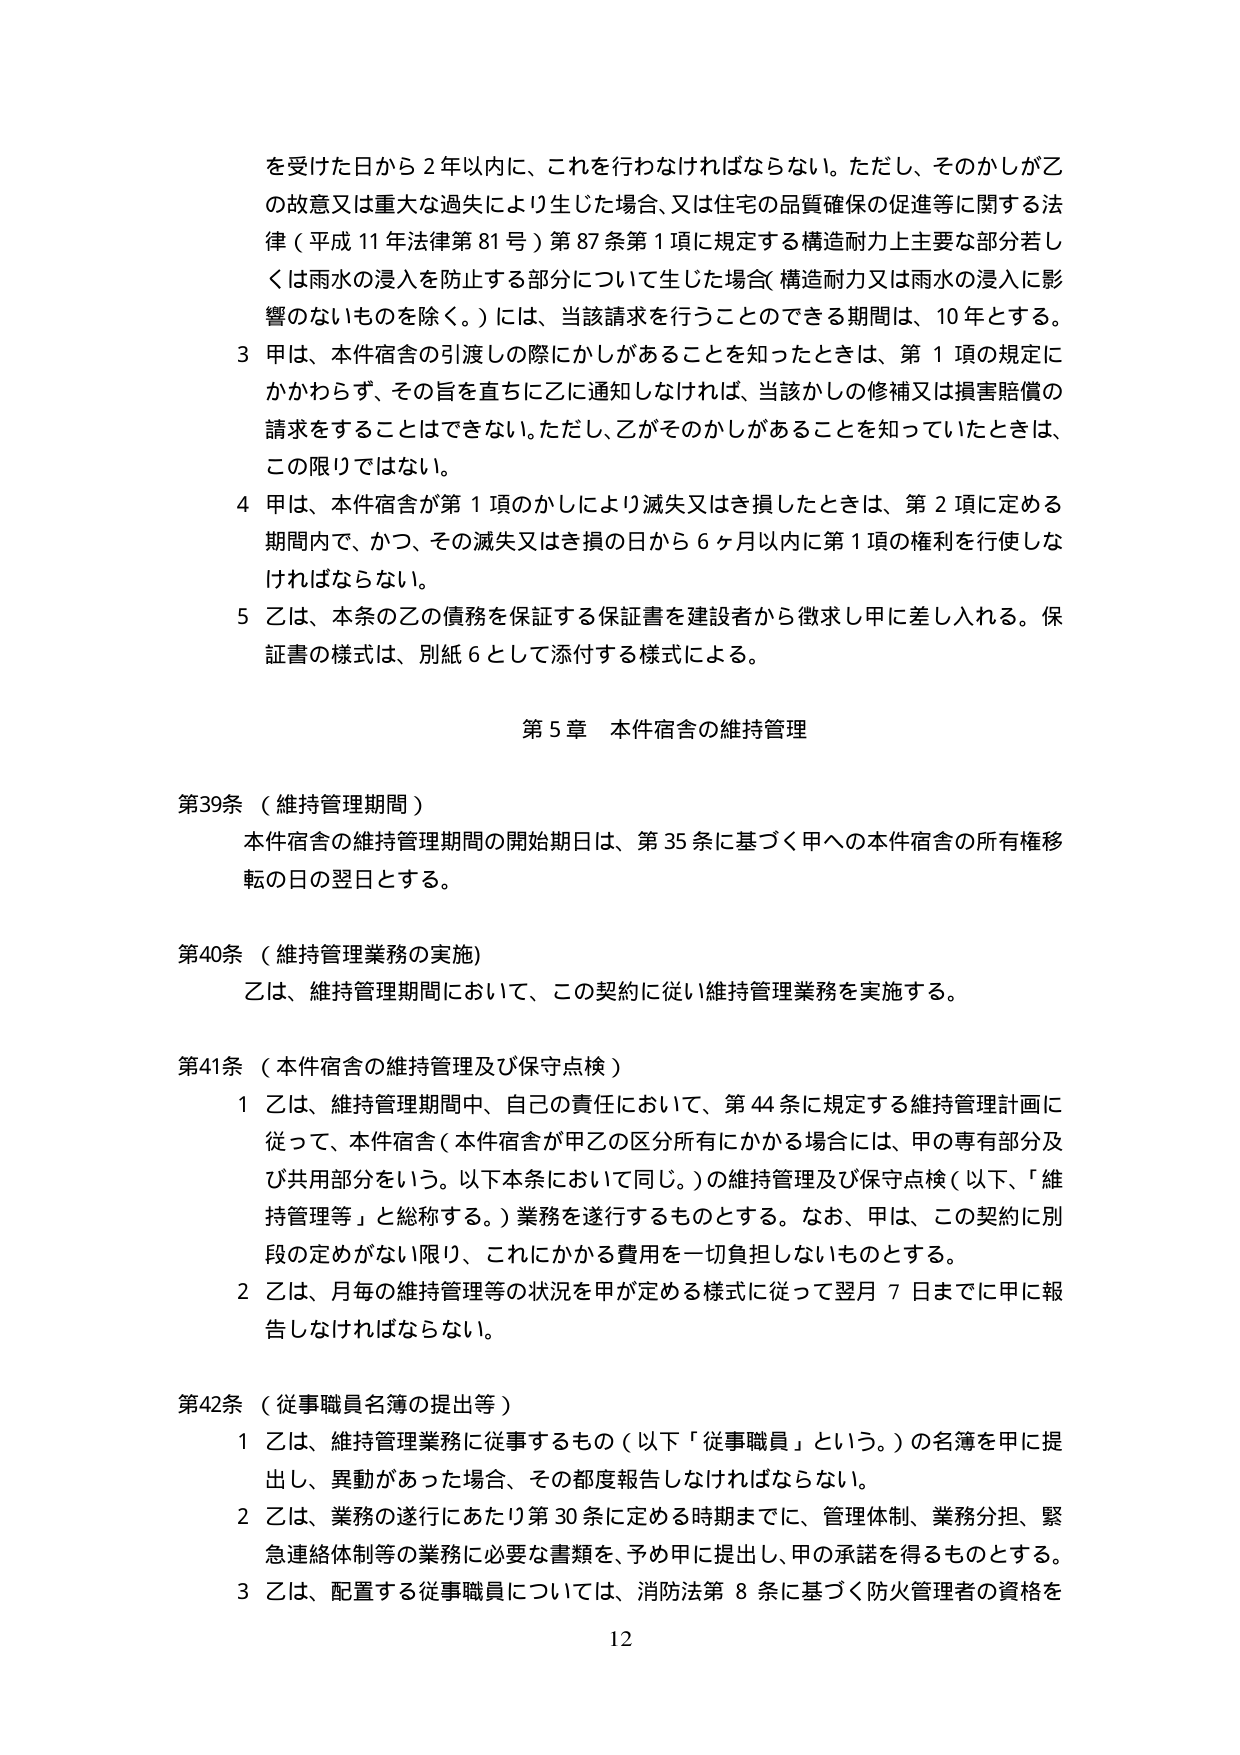
を受けた日から２年以内に、これを行わなければならない。ただし、そのかしが乙の故意又は重大な過失により生じた場合、又は住宅の品質確保の促進等に関する法律（平成11年法律第81号）第87条第1項に規定する構造耐力上主要な部分若しくは雨水の浸入を防止する部分について生じた場合（構造耐力又は雨水の浸入に影響のないものを除く。）には、当該請求を行うことのできる期間は、10年とする。

3 甲は、本件宿舎の引渡しの際にかしがあることを知ったときは、第1項の規定にかかわらず、その旨を直ちに乙に通知しなければ、当該かしの修補又は損害賠償の請求をすることはできない。ただし、乙がそのかしがあることを知っていたときは、この限りではない。

4 甲は、本件宿舎が第1項のかしにより滅失又はき損したときは、第2項に定める期間内で、かつ、その滅失又はき損の日から6ヶ月以内に第1項の権利を行使しなければならない。

5 乙は、本条の乙の債務を保証する保証書を建設者から徴求し甲に差し入れる。保証書の様式は、別紙6として添付する様式による。

第5章 本件宿舎の維持管理

第39条（維持管理期間）
本件宿舎の維持管理期間の開始期日は、第35条に基づく甲への本件宿舎の所有権移転の日の翌日とする。

第40条（維持管理業務の実施）
乙は、維持管理期間において、この契約に従い維持管理業務を実施する。

第41条（本件宿舎の維持管理及び保守点検）
1 乙は、維持管理期間中、自己の責任において、第44条に規定する維持管理計画に従って、本件宿舎（本件宿舎が甲乙の区分所有にかかる場合には、甲の専有部分及び共用部分をいう。以下本条において同じ。）の維持管理及び保守点検（以下、「維持管理等」と総称する。）業務を遂行するものとする。なお、甲は、この契約に別段の定めがない限り、これにかかる費用を一切負担しないものとする。

2 乙は、月毎の維持管理等の状況を甲が定める様式に従って翌月7日までに甲に報告しなければならない。

第42条（従事職員名簿の提出等）
1 乙は、維持管理業務に従事するもの（以下「従事職員」という。）の名簿を甲に提出し、異動があった場合、その都度報告しなければならない。

2 乙は、業務の遂行にあたり第30条に定める時期までに、管理体制、業務分担、緊急連絡体制等の業務に必要な書類を、予め甲に提出し、甲の承諾を得るものとする。

3 乙は、配置する従事職員については、消防法第8条に基づく防火管理者の資格を

12